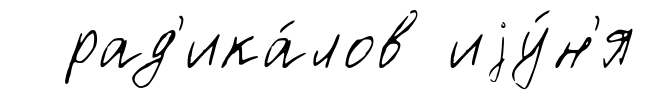
рад'ика́лов иjу́н'я